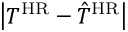
\left\lvert T ^ { \mathrm { H R } } - \hat { T } ^ { \mathrm { H R } } \right\rvert